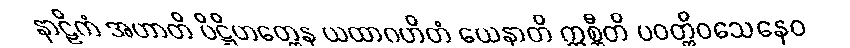
နာဠိကံ အဟာတိ ပိဋ္ဌိဟတ္ထေန ယထာဂဟိတံ ယေနာတိ ဣစ္ဆီတိ ပဝတ္တိဝသေနေဝ